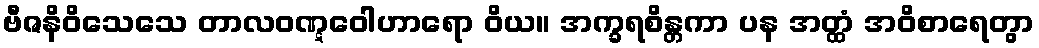
ဗီဇနိဝိသေသေ တာလဝဏ္ဋဝေါဟာရော ဝိယ။ အက္ခရစိန္တကာ ပန အတ္ထံ အဝိစာရေတွာ